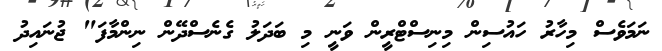
ނަމަވެސް މިހާރު ހައުސިން މިނިސްޓްރީން ވަނީ މި ބަދަލު ގެނެސްދޭން ނިންމާފަ" ޖުނައިދު